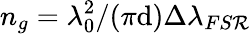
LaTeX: n_{g}=\lambda_{0}^{2}/({\pi}\mathrm{d}){\Delta\lambda_{FS\mathcal{R}}}